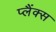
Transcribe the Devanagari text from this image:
प्लैंक्स